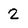
Character: 2